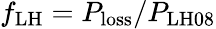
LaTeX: f_{\mathrm{LH}}=P_{\mathrm{loss}}/P_{\mathrm{LH08}}